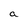
Character: a